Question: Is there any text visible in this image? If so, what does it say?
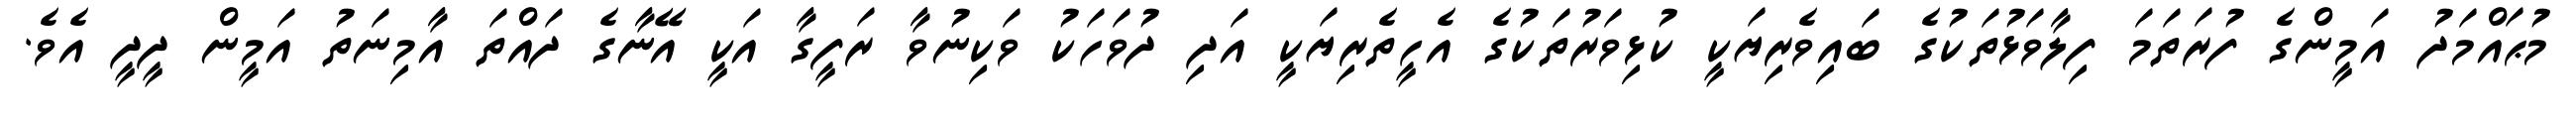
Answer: މުޙައްމަދު އަމީންގެ ފުރަތަމަ ފިލާވަޅުތަކުގެ ބައިވެރިޔަކީ ކުޅިވަރުތަކުގެ އެހީތެރިޔަކީ އަދި ދުވަހަކު ވަކިނުވާ ރަފީގާ އަކީ އޭނާގެ ދައްތަ އާމިނަތު އަމީން ދީދީ އެވެ.